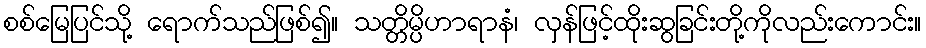
စစ်မြေပြင်သို့ ရောက်သည်ဖြစ်၍။ သတ္တိမ္ပိဟာရာနံ၊ လှန်ဖြင့်ထိုးဆွခြင်းတို့ကိုလည်းကောင်း။